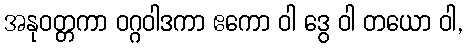
အနုဝတ္တကာ ဝဂ္ဂဝါဒကာ ဧကော ဝါ ဒွေ ဝါ တယော ဝါ,